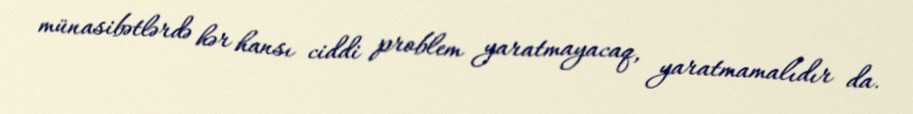
münasibətlərdə hər hansı ciddi problem yaratmayacaq, yaratmamalıdır da.